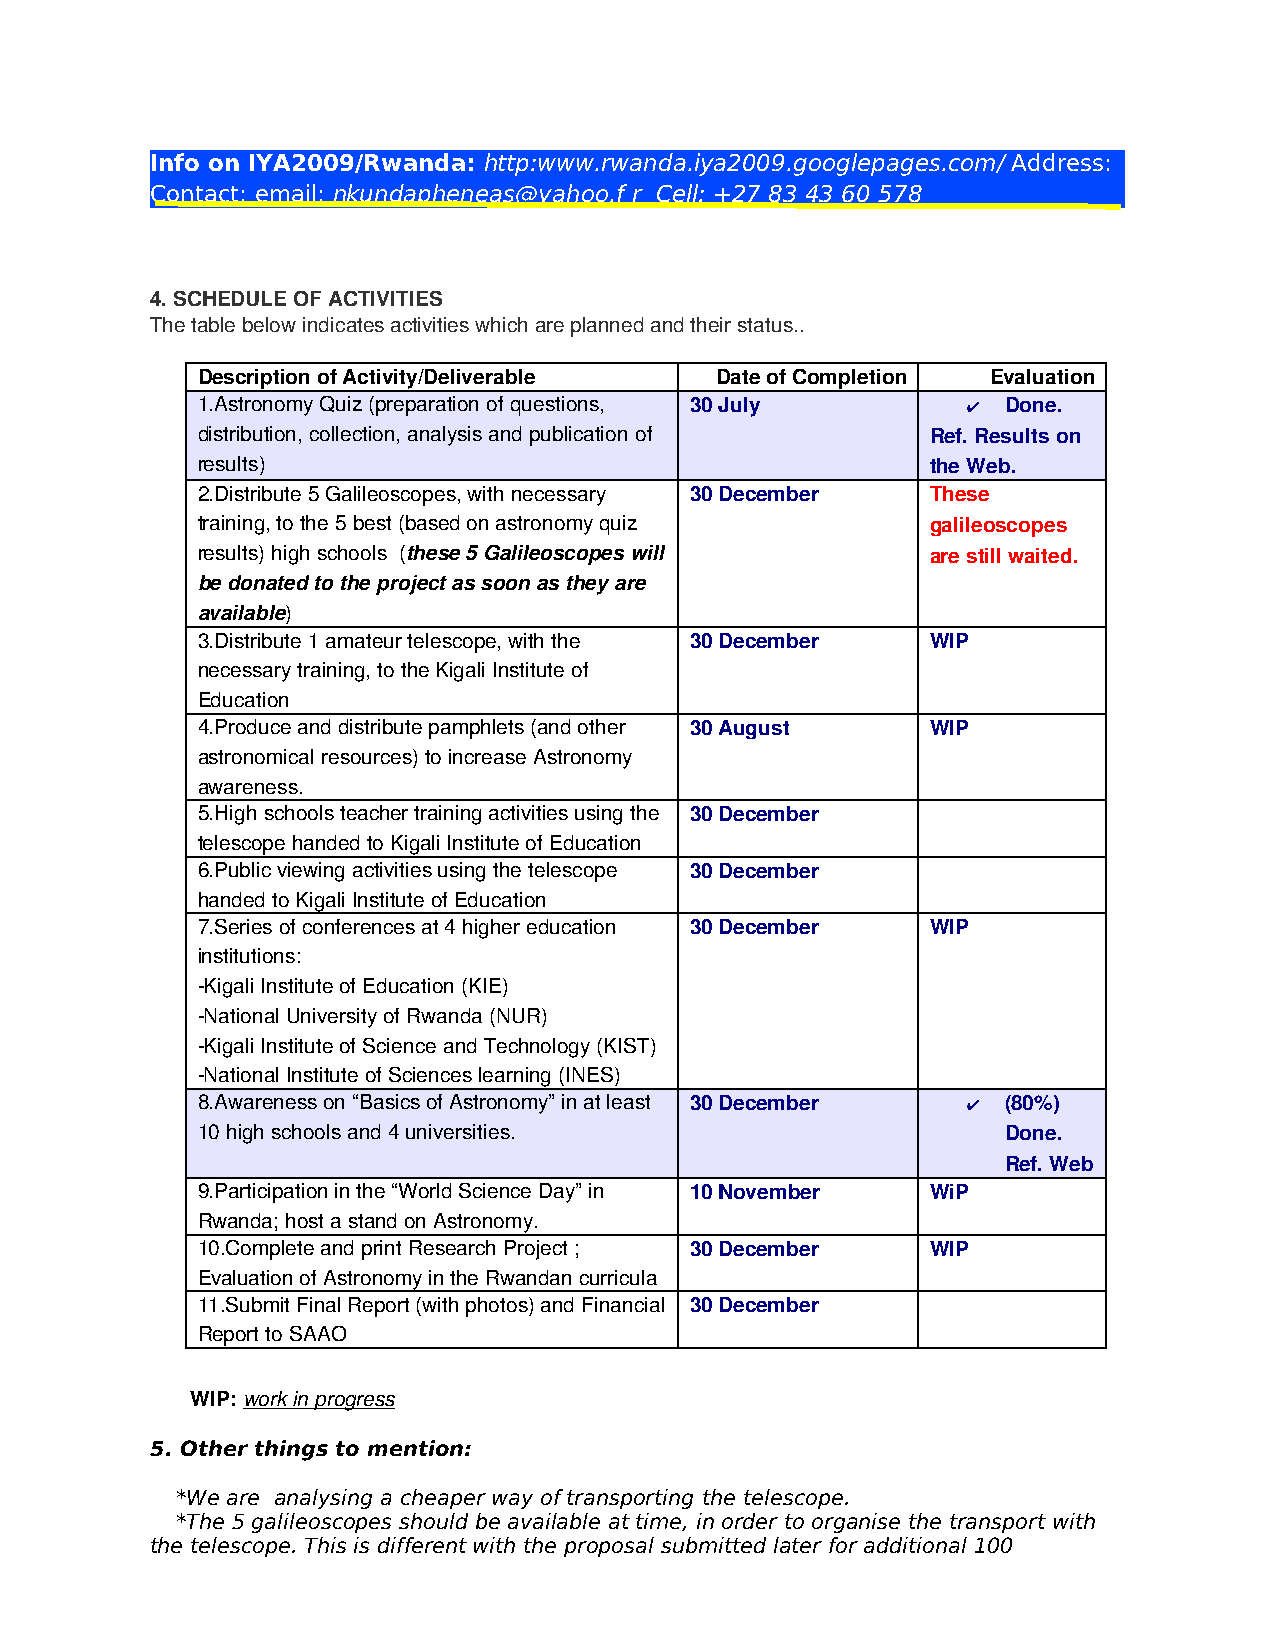
Info on IYA2009/Rwanda: http:www.rwanda.iya2009.googlepages.com/ Address:
 Contact: email: nkundapheneas@yahoo.f r Cell: +27 83 43 60 578
 4. SCHEDULE OF ACTIVITIES
 The table below indicates activities which are planned and their status..
 Description of Activity/Deliverable Date of Completion Evaluation
 1.Astronomy Quiz (preparation of questions, 30 July ✔ Done.
 distribution, collection, analysis and publication of Ref. Results on
 results)                                         the Web.
 2.Distribute 5 Galileoscopes, with necessary 30 December These
 training, to the 5 best (based on astronomy quiz galileoscopes
 results) high schools (these 5 Galileoscopes will are still waited.
 be donated to the project as soon as they are
 available)
 3.Distribute 1 amateur telescope, with the 30 December WIP
 necessary training, to the Kigali Institute of
 Education
 4.Produce and distribute pamphlets (and other 30 August WIP
 astronomical resources) to increase Astronomy
 awareness.
 5.High schools teacher training activities using the 30 December
 telescope handed to Kigali Institute of Education
 6.Public viewing activities using the telescope 30 December
 handed to Kigali Institute of Education
 7.Series of conferences at 4 higher education 30 December WIP
 institutions:
 ­Kigali Institute of Education (KIE)
 ­National University of Rwanda (NUR)
 ­Kigali Institute of Science and Technology (KIST)
 ­National Institute of Sciences learning (INES)
 8.Awareness on “Basics of Astronomy” in at least 30 December ✔ (80%)
 10 high schools and 4 universities.                   Done.
 Ref. Web
 9.Participation in the “World Science Day” in 10 November WiP
 Rwanda; host a stand on Astronomy.
 10.Complete and print Research Project ; 30 December WIP
 Evaluation of Astronomy in the Rwandan curricula
 11.Submit Final Report (with photos) and Financial 30 December
 Report to SAAO
 WIP: work in progress
 5. Other things to mention:
 *We are analysing a cheaper way of transporting the telescope.
 *The 5 galileoscopes should be available at time, in order to organise the transport with
 the telescope. This is different with the proposal submitted later for additional 100